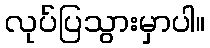
လုပ်ပြသွားမှာပါ။